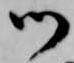
御